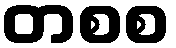
တစစ